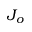
J _ { o }